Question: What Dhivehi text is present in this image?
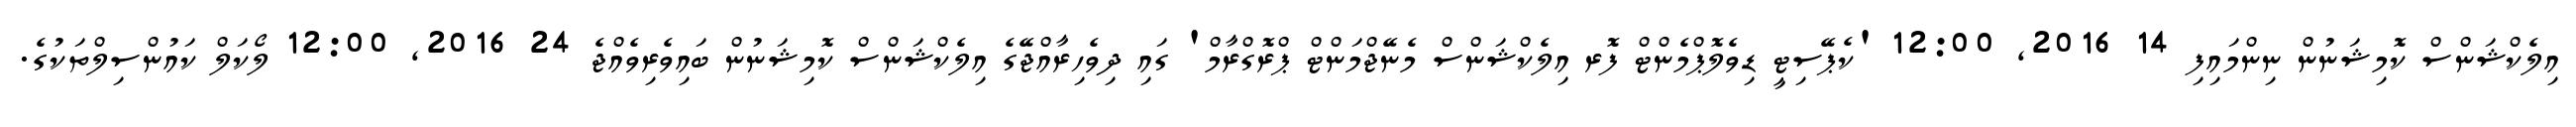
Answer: އިލެކްޝަންސް ކޮމިޝަނުން ނިންމައިފި 14 2016, 12:00 'ކެޕޭސިޓީ ޑިވެލޮޕްމެންޓް ފޮރ އިލެކްޝަންސް މެނޭޖްމަންޓް ޕްރޮގްރާމް' ގައި ދިވެހިރާއްޖޭގެ އިލެކްޝަންސް ކޮމިޝަނުން ބައިވެރިވެއްޖެ 24 2016, 12:00 ލޯކަލް ކައުންސިލްތަކުގެ.